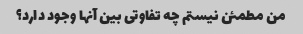
من مطمئن نیستم چه تفاوتی بین آنها وجود دارد؟